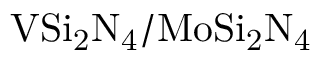
\mathrm { V S i _ { 2 } N _ { 4 } / M o S i _ { 2 } N _ { 4 } }